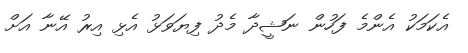
އެކަމަކު އެންމެ ފަހުން ނަޝީދާ މެދު ފިޔަވަޅު އެޅި އިރު އޭނާ އަށް